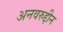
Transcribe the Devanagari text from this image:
अनवरुद्दीन